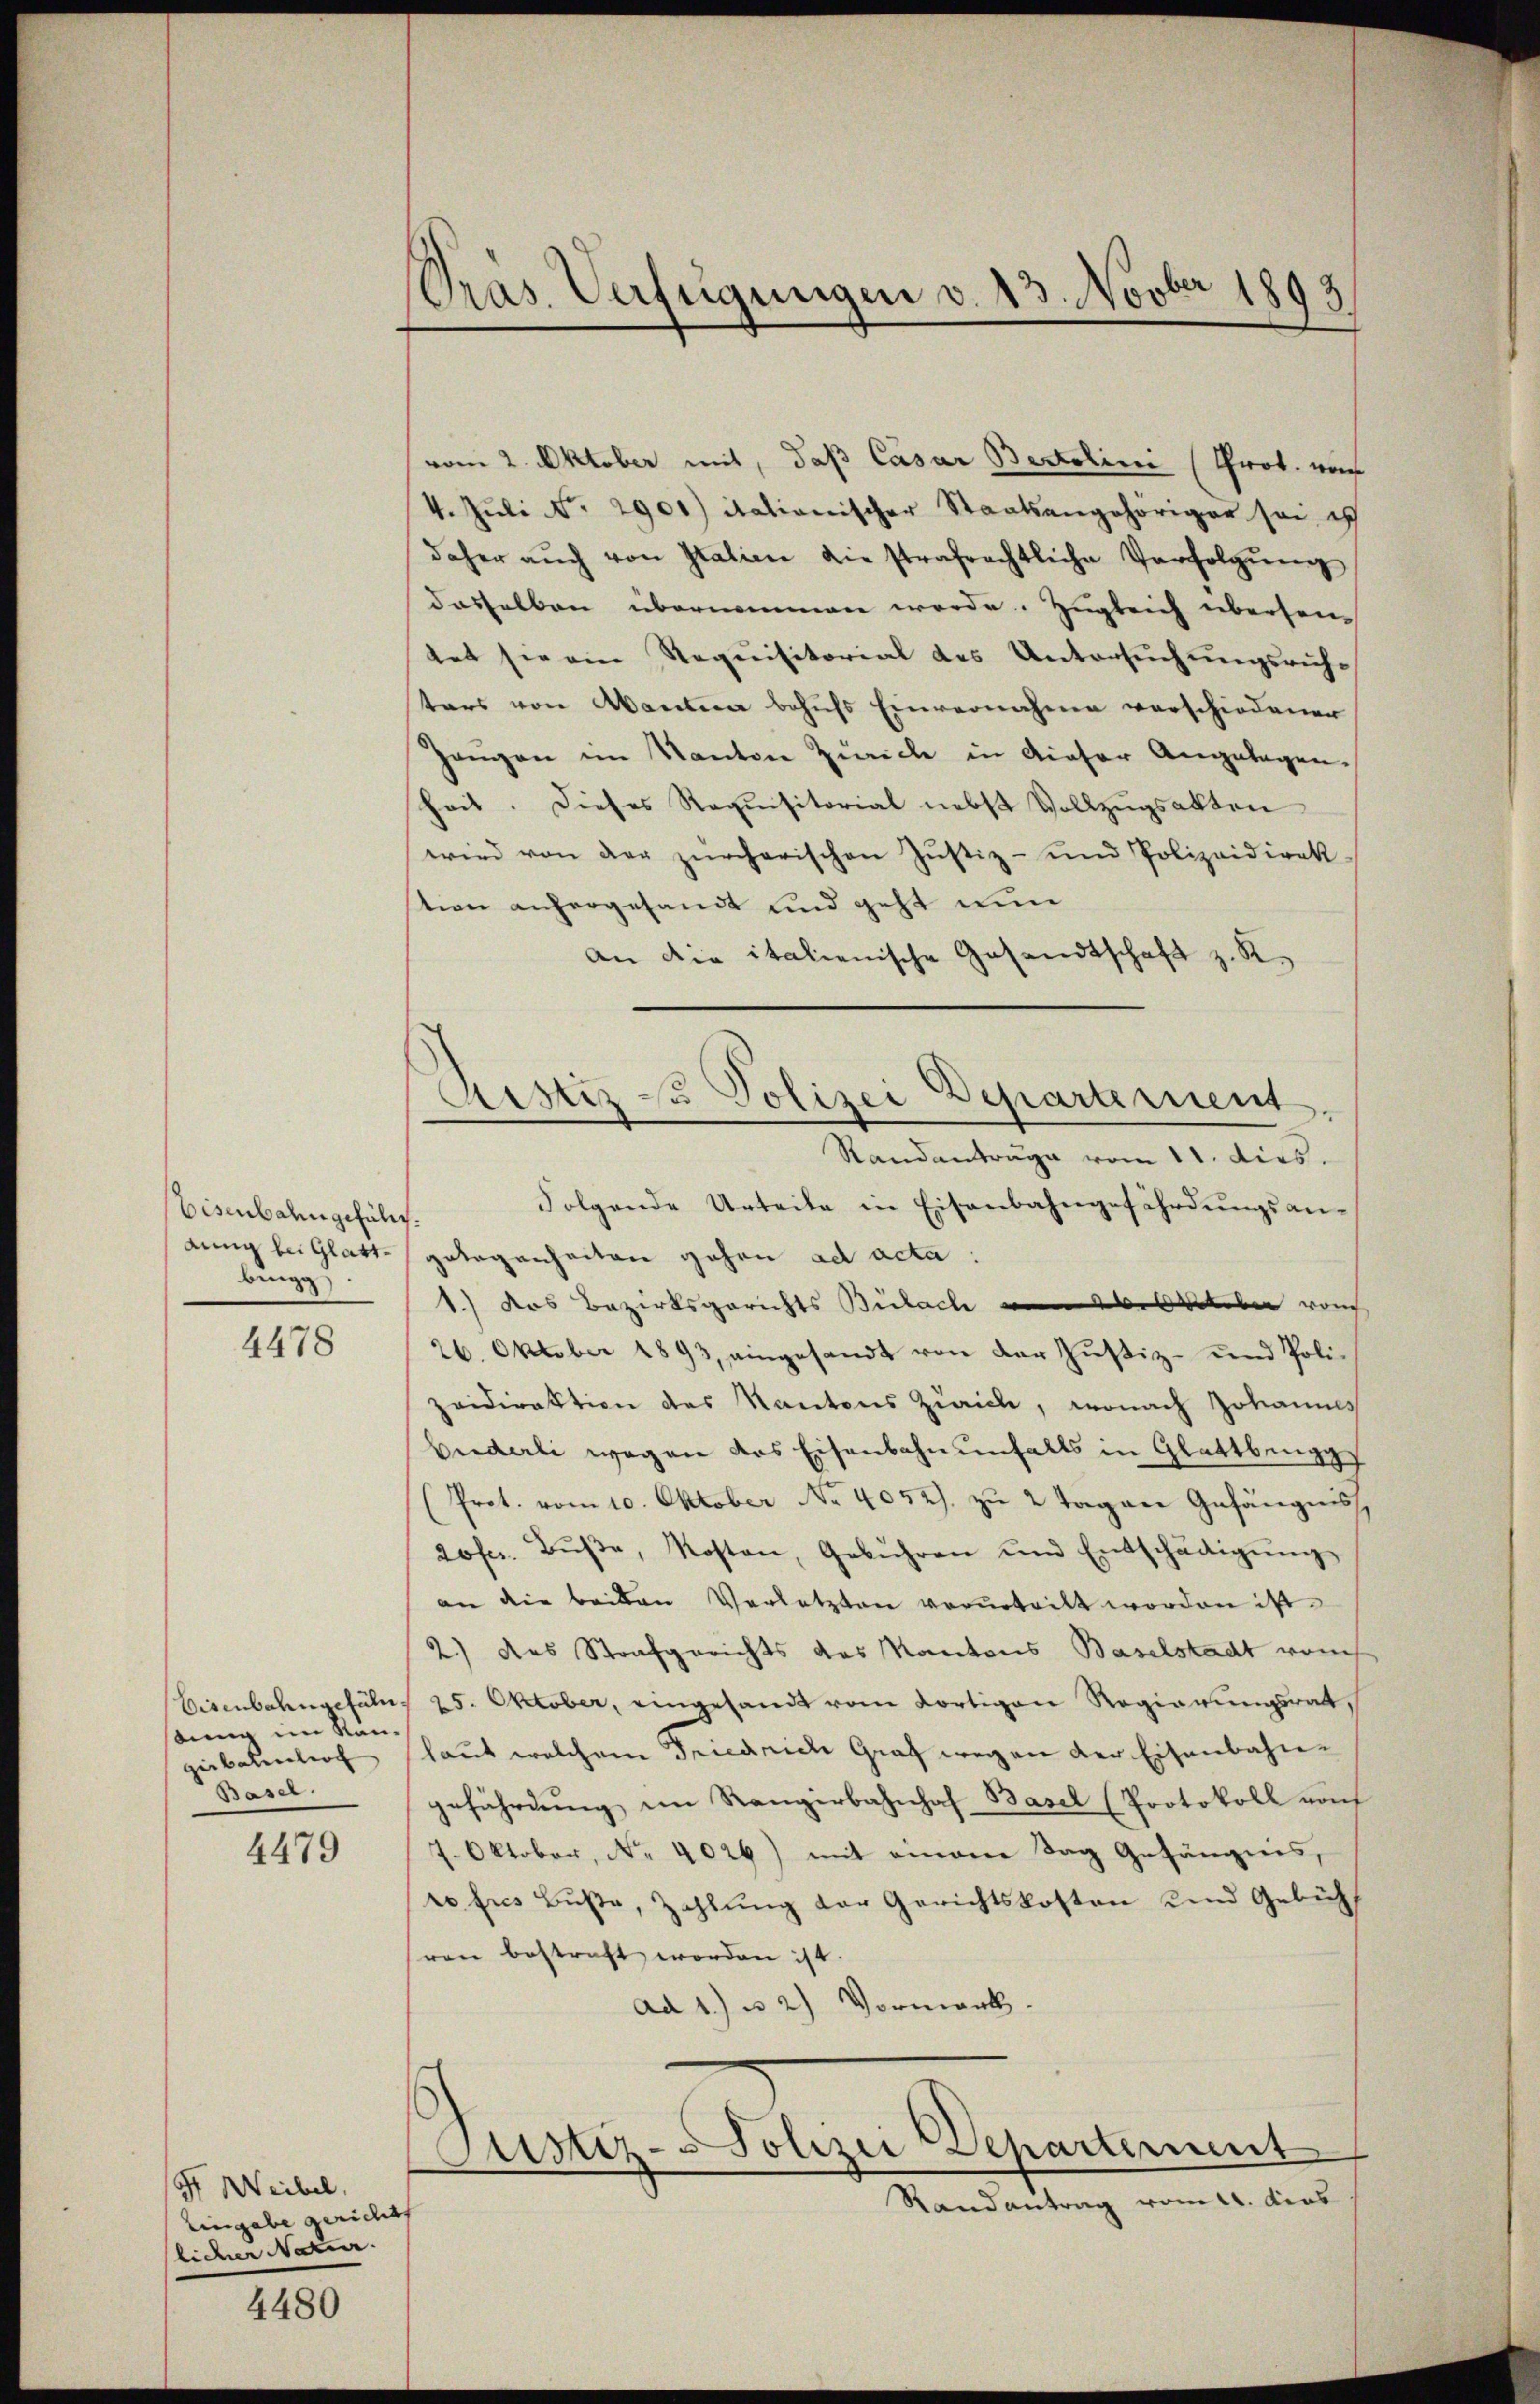
Eisenbahngeführt.
dung bei Glattbing

4478

Eisenbahngefüln.
sung im Kangerbahnlich
Basel.

4479

/9 Weibel.
Eingabe gerichts
licher Natur.

4480

Pras. Verfügungen v. 13. Novber 1893

Astiz zu Polizei Departement
Standantrage vom 11. dies.

vom 2. Oktober mit, daß Casar Bertolini (Prot. vom
4. Jŭli No. 2901) itationischer Staatsangehöriger sei ich
daher aŭch von Italien die strafrechtliche Verfolgŭng
dasselben übernommen werde. Zugleich übersentet sie ein Requisitorial des Untersuchungsrichtars von Warten behufs Einvernahme verschiedenen
Zeŭgen im Kanton Zürich in dieser Angelegen.
Zeit. Dieses Requisitorial nebst Vollzugsakten
wird von der zürcherischen Justiz- und Polizeidirek
tion anhergesandt und geht nun
an die italienische Gesandtschaft z. R.
Folgende Urteile in Eisenbahngefährdŭngsan-
gelegenheiten gehen ad acta:
1.) das Bezirksgerichts Bülach von des Weber von
26. Oktober 1893, eingesandt von der Justiz- und Polizeidirektion des Kantons Zürich, wonach Johannes
beiderli wegen das Eisenbahnenfalls in Glattbigg
(Prot. vom 10. Oktober No 4052). zu 2 Tagen Gefängnis
sofer. Bŭβe, Kosten, Gebühren und Entschädigŭng
an die beiden Verletzten verurteilt worden ist.
2.) das Strafgerichts des Kantons Baselstadt vom
25. October, eingesandt vom dortigen Regierungsrat,
laut welchem Friedrich Graf wegen der Eisenbahngefährdung im Rangerbahnhof Basel (Protokoll von
7. Oktober, No. 4026) mit einem Tag Gefängnis,
ro tres Buße, Zahlung der Gerichtskosten und Gebühl
ren bestraft worden ist.
ad 1. u 2) Vormark.
Sistiz-Polizei Departement
Randantrag vom 14. dens